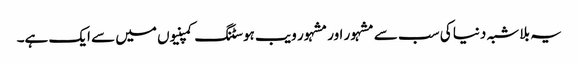
یہ بلا شبہ دنیا کی سب سے مشہور اور مشہور ویب ہوسٹنگ کمپنیوں میں سے ایک ہے۔